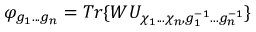
\varphi _ { g _ { 1 } . . . g _ { n } } = T r \{ W U _ { \chi _ { 1 } . . . \chi _ { n } , g _ { 1 } ^ { - 1 } . . . g _ { n } ^ { - 1 } } \}